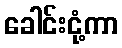
ခေါင်းငုံ့ကာ